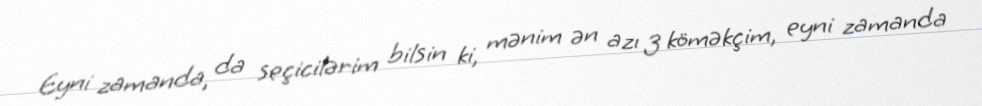
Eyni zamanda, da seçicilərim bilsin ki, mənim ən azı 3 köməkçim, eyni zamanda